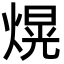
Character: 熀